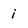
Character: i